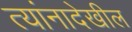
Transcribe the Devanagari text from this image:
त्यांनादेखील